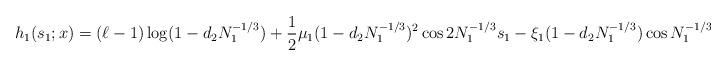
LaTeX: \begin{align*}h_1(s_1;x)=(\ell-1)\log(1-d_2N_1^{-1/3})+\frac 12\mu_1(1-d_2N_1^{-1/3})^2\cos 2N_1^{-1/3}s_1 - \xi_1(1-d_2N_1^{-1/3})\cos N_1^{-1/3}s_1 \end{align*}